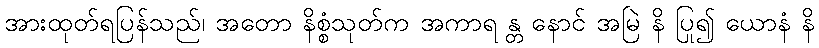
အားထုတ်ရပြန်သည်၊ အတော နိစ္စံသုတ်က အကာရ န္တ နောင် အမြဲ နိ ပြု၍ ယောနံ နိ